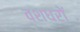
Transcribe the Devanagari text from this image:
वशधरों